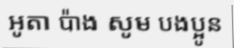
អូតា ប៉ាង សូម បងប្អូន